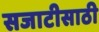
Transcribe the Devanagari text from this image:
सजाटीसाठी